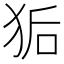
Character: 𮳽